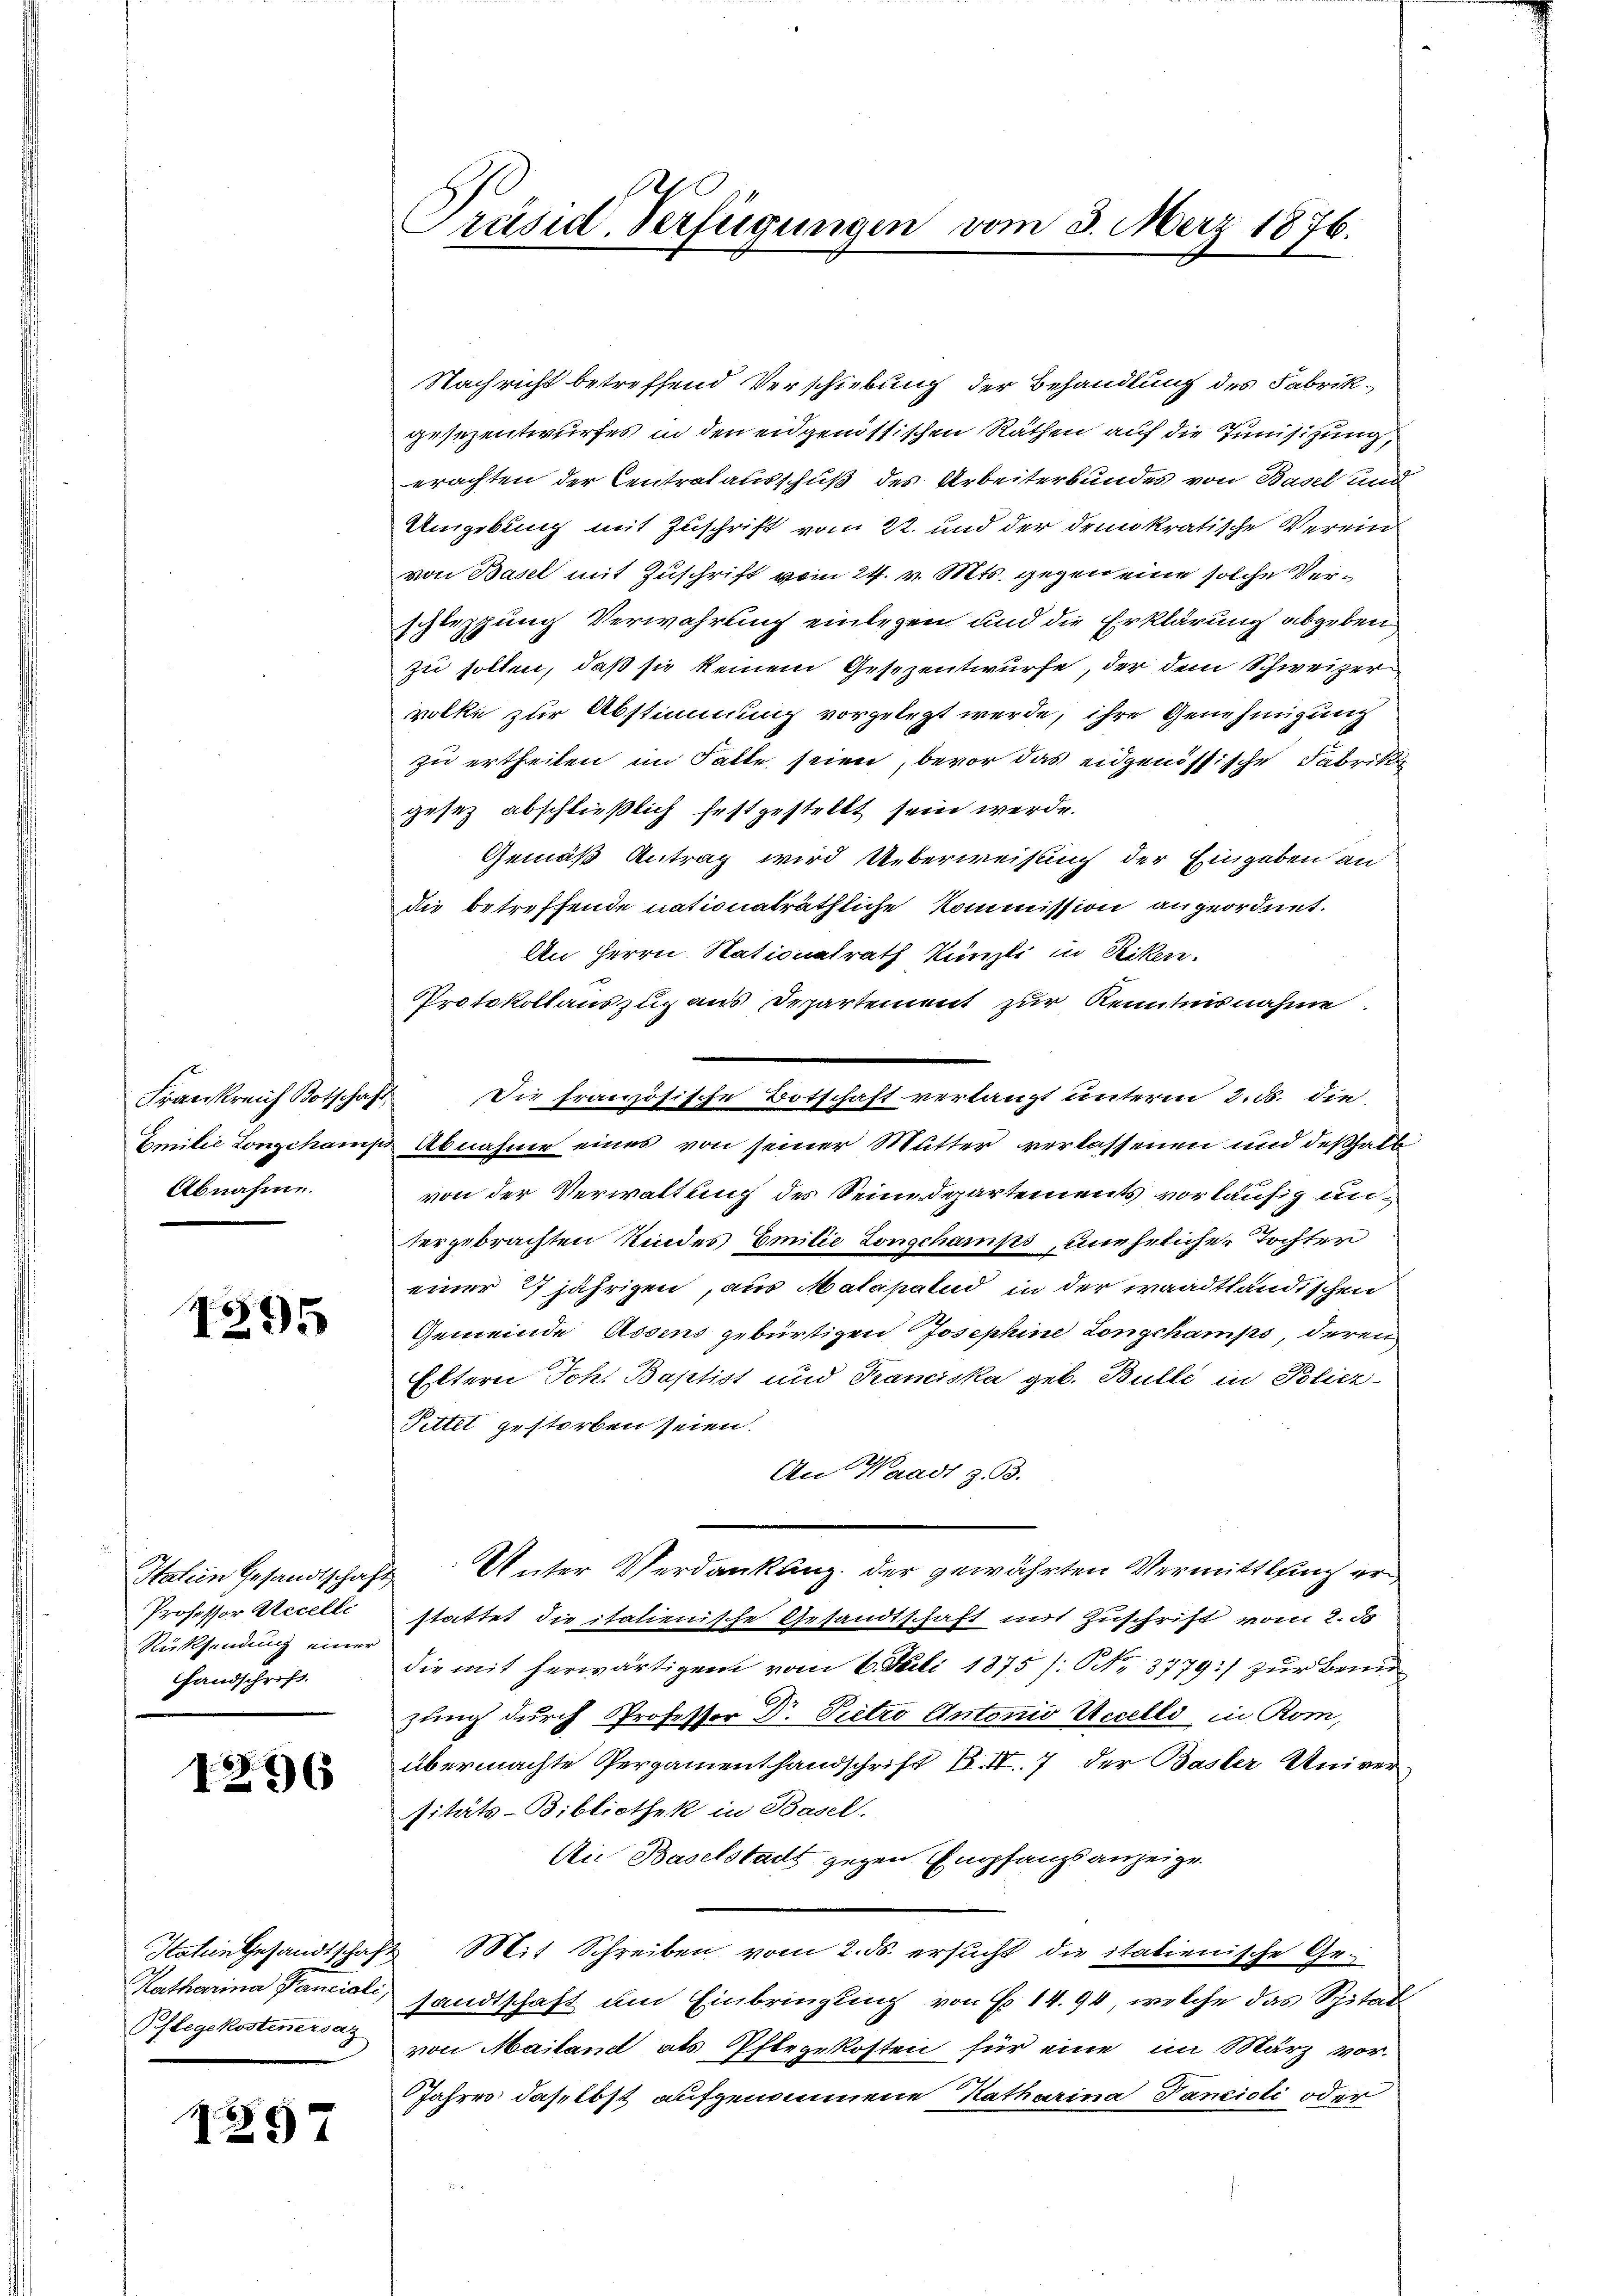
Frankreich Botschaf
Emilie Longchamp
Abnahme.

1295

Hatein Gesandtschaft
Professor Accelle
Rücksendung einer
fandschrift.

1276

Stegekostenersaz

1297

Präsid. Verfügungen vom 3. März 1876.

Nachricht betreffend Verschiebung der Behandlung des Fabrikgesezentwurfes in den eidgenössischen Räthen auf die Tunisizung,
erachten der Centralausschuß des Arbeiterbundes von Basel und
Umgebung mit Zuschrift vom 22. und der demokratische Verein
von Basel mit Zuschrift vom 24. v. Mts. gegen eine solche Verschleppung Verwahrung einlegen und die Erklärung abgeben
zu sollen, daß sie keinem Gesezentwurfe, der dem Schweizer
volke zur Abstimmung vorgelegt werde, ihre Genehmigung
zu ertheilen im Falle seien, bevor das eidgenössische Fabrike
gesez abschließlich festgestellt sein werde.
Gemäß Antrag wird Ueberweisung der Eingaben an
die betreffende nationaträthliche Kommission angeordnet.
An Herrn Nationalrath Künzli in Riken.
Protokollauszug aus Departement zur Kenntnisnahme.
 Abnahme eines von seiner Mutter verlassenen und deßhalb
von der Verwaltung des Seinedepartements vorläufig untergebrachten Kindes Emilie Longchamps, uneheliche Tochter
einer 27jährigen, aus Malapalud in der waadtländischen
Gemeinde Assens gebürtigen Josephine Longshamps, deren
Eltern Joh. Baptist und Franciska geb. Bulle in Poliez-
Pittel gestorben seien.
An Waadt z. B.
Unter Verdankung der gewährten Vermittlung er
stattet die italienische Gesandtschaft mit Zuschrift vom 2. d
die mit herwärtigen vom 6. Juli 1875 /: No 3779:/ zur Beund
zung durch Professor Dr. Pietro Antonio Accelli in Rom,
übermachte Pergamenthandschrift Bd. II. 7 der Basler Univer
sitäts-Bibliothek in Basel.
Aie Baselstadt gegen Empfangsanzeige.
Hatein Gesandtschaft Mit Schreiben vom 2. ds. ersucht die italienische Ge¬
Katharina Pancial, sandtschaft um Einbringung von Fr. 14. 94, welche das Spital
von Mailand als Pflegekosten für eine im März vor¬
Jahres daselbst aufgenommene Katharina Tancioli oder

—
Die französische Botschaft verlangt unterm 2. 5. die